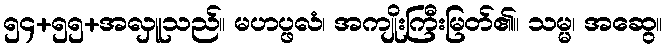
၅၄+၅၅+အလှူသည်။ မဟပ္ဖလံ၊ အကျိုးကြီးမြတ်၏။ သမ္မ၊ အဆွေ။